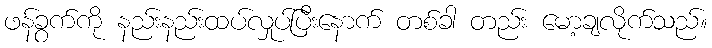
ဖန်ခွက်ကို နည်းနည်းထပ်လှုပ်ပြီးနောက် တစ်ခါ တည်း မော့ချလိုက်သည်။